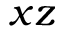
x z